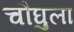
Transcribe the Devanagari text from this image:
चौघुला